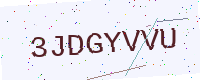
Text: 3JDGYVVU